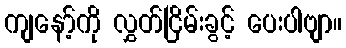
ကျနော့်ကို လွှတ်ငြိမ်းခွင့် ပေးပါဗျာ။